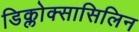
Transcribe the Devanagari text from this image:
डिक्लोक्सासिलिन